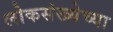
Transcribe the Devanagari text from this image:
लोकसंख्‍येच्‍या